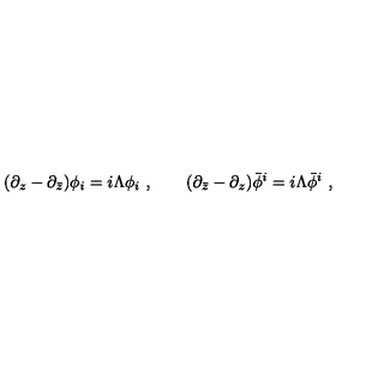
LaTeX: ( \partial _ { z } - \partial _ { \bar { z } } ) \phi _ { i } = i \Lambda \phi _ { i } \ , \qquad ( \partial _ { \bar { z } } - \partial _ { z } ) \bar { \phi } ^ { i } = i \Lambda \bar { \phi } ^ { i } \ ,